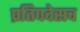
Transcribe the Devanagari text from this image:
प्रतिपदेसच